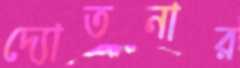
দ্যোতনার